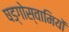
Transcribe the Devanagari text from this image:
षड्गोस्वामियों